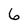
Character: 6